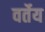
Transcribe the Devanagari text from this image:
वर्तेय